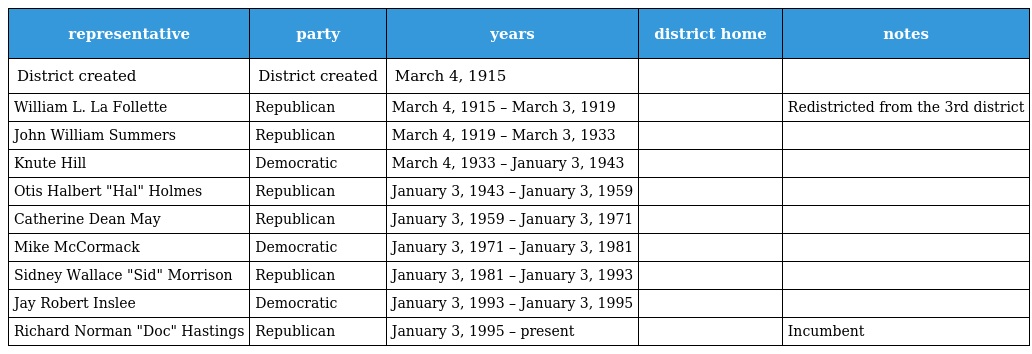
| representative | party | years | district home | notes |
 | --- | --- | --- | --- | --- |
 | District created | District created | March 4, 1915 |  |  |
 | William L. La Follette | Republican | March 4, 1915 – March 3, 1919 |  | Redistricted from the 3rd district |
 | John William Summers | Republican | March 4, 1919 – March 3, 1933 |  |  |
 | Knute Hill | Democratic | March 4, 1933 – January 3, 1943 |  |  |
 | Otis Halbert "Hal" Holmes | Republican | January 3, 1943 – January 3, 1959 |  |  |
 | Catherine Dean May | Republican | January 3, 1959 – January 3, 1971 |  |  |
 | Mike McCormack | Democratic | January 3, 1971 – January 3, 1981 |  |  |
 | Sidney Wallace "Sid" Morrison | Republican | January 3, 1981 – January 3, 1993 |  |  |
 | Jay Robert Inslee | Democratic | January 3, 1993 – January 3, 1995 |  |  |
 | Richard Norman "Doc" Hastings | Republican | January 3, 1995 – present |  | Incumbent |